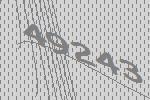
49243